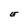
Character: E